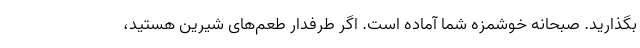
بگذارید. صبحانه خوشمزه شما آماده است. اگر طرفدار طعم‌های شیرین هستید،